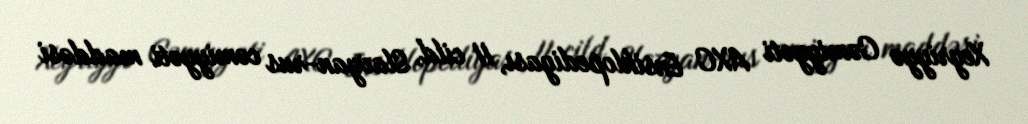
Xeyriyyə Cəmiyyəti AXC Ensiklopediyası, II cild, Slavyan-rus cəmiyyəti maddəsi